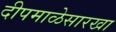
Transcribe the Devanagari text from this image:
दीपमाळेसारखा